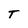
Character: T